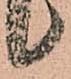
候